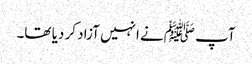
آپ ﷺنے انہیں آزاد کر دیا تھا۔